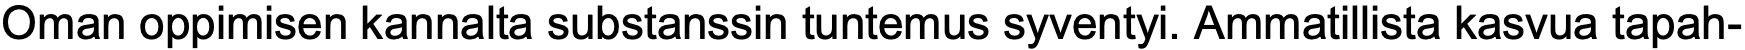
Oman oppimisen kannalta substanssin tuntemus syventyi. Ammatillista kasvua tapah-